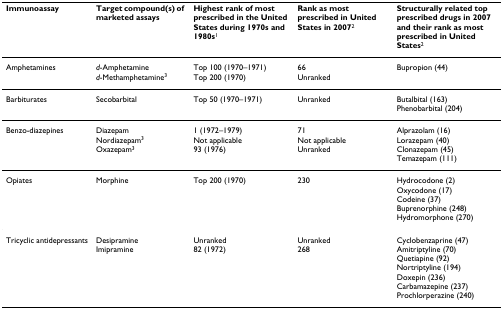
| Immunoassay | Target compound(s) of marketed assays | Highest rank of most prescribed in the United States during 1970s and 1980s1 | Rank as most prescribed in United States in 20072 | Structurally related top prescribed drugs in 2007 and their rank as most prescribed in United States2 |
 | --- | --- | --- | --- | --- |
 | Amphetamines | d-Amphetamined-Methamphetamine3 | Top 100 (1970–1971)Top 200 (1970) | 66Unranked | Bupropion (44) |
 | Barbiturates | Secobarbital | Top 50 (1970–1971) | Unranked | Butalbital (163)Phenobarbital (204) |
 | Benzo-diazepines | DiazepamNordiazepam3Oxazepam3 | 1 (1972–1979)Not applicable93 (1976) | 71Not applicableUnranked | Alprazolam (16)Lorazepam (40)Clonazepam (45)Temazepam (111) |
 | Opiates | Morphine | Top 200 (1970) | 230 | Hydrocodone (2)Oxycodone (17)Codeine (37)Buprenorphine (248)Hydromorphone (270) |
 | Tricyclic antidepressants | DesipramineImipramine | Unranked82 (1972) | Unranked268 | Cyclobenzaprine (47)Amitriptyline (70)Quetiapine (92)Nortriptyline (194)Doxepin (236)Carbamazepine (237)Prochlorperazine (240) |